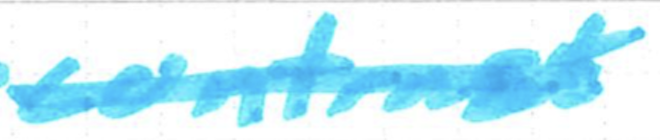
Text: contrast
Cross-out: single-line
Writing tool: marker